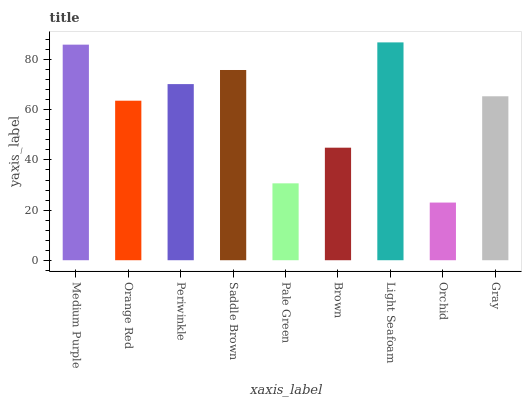
| xaxis_label | bars |
 | --- | --- |
 | Medium Purple | 86 |
 | Orange Red | 63.6 |
 | Periwinkle | 70.3 |
 | Saddle Brown | 75.9 |
 | Pale Green | 30.7 |
 | Brown | 44.9 |
 | Light Seafoam | 86.9 |
 | Orchid | 23 |
 | Gray | 65.4 |